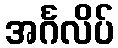
အင်္ဂလိပ်